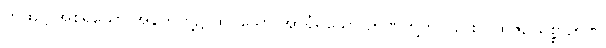
တထဋ္ဌ အစရှိသော အနက်တို့၌ ထင်သော အာရုံရှိသော ဉာဏ်တို့ကိုလည်း ပုထုဇဉ်သစ္စာဉာဏ်